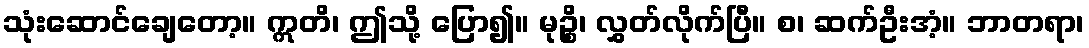
သုံးဆောင်ချေတော့။ ဣတိ၊ ဤသို့ ပြော၍။ မုဉ္စိ၊ လွှတ်လိုက်ပြီ။ စ၊ ဆက်ဦးအံ့။ ဘာတရာ၊